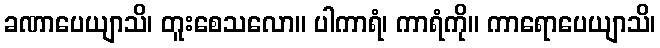
ခဏာပေယျာသိ၊ တူးစေသလော။ ပါကာရံ၊ ကာရံကို။ ကာရောပေယျာသိ၊